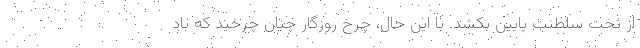
از تخت سلطنت پایین بکشد. با این حال، چرخ روزگار چنان چرخید که باد